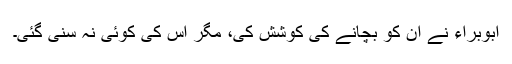
ابوبراء نے ان کو بچانے کی کوشش کی، مگر اس کی کوئی نہ سنی گئی۔